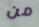
من